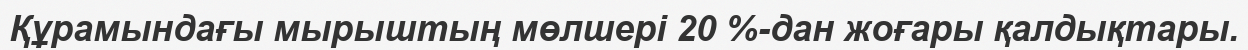
Құрамындағы мырыштың мөлшері 20 %-дан жоғары қалдықтары.